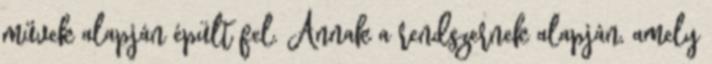
művek alapján épült fel. Annak a rendszernek alapján, amely